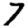
Digit: 7